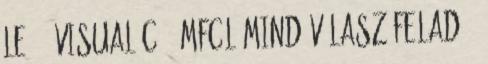
le. - Visual C , MFCL mind VÁLASZ Feladó: